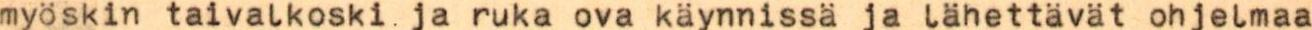
myöskin taivalkoski ja ruka ova käynnissä ja lähettävät ohjelmaa